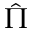
\hat { \Pi }